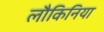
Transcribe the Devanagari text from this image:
लौकिनिया